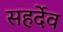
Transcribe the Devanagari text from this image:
सहर्देव